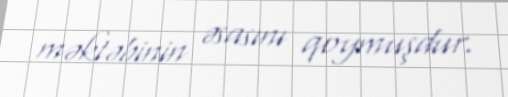
məktəbinin əsasını qoymuşdur.